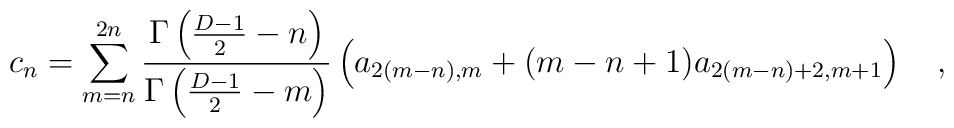
c_n=\sum_{m=n}^{2n}{\Gamma\left({D-1 \over 2}-n\right) \over \Gamma\left({D-1 \over 2}-m\right)}\left(a_{2(m-n),m}+(m-n+1)a_{2(m-n)+2,m+1}\right)~~~,